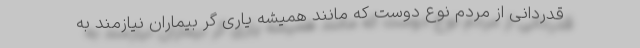
قدردانی از مردم نوع دوست که مانند همیشه یاری گر بیماران نیازمند به